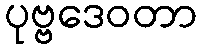
ပုဗ္ဗဒေဝတာ